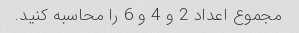
مجموع اعداد 2 و 4 و 6 را محاسبه کنید.